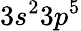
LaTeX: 3s^{2}3p^{5}